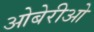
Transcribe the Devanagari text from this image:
ओबेरीओ